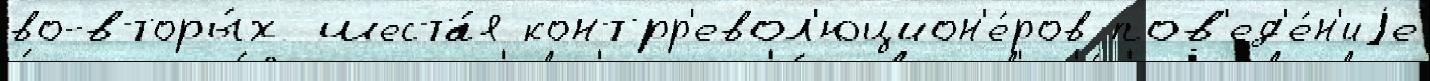
во-вторы́х шеста́я контрр'евол'юцион'е́ров пов'ед'е́н'иjе